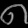
Digit: ၈